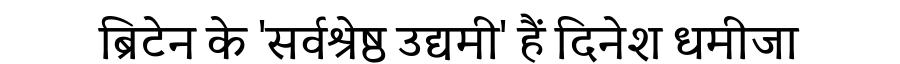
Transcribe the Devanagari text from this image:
ब्रिटेन के 'सर्वश्रेष्ठ उद्यमी' हैं दिनेश धमीजा